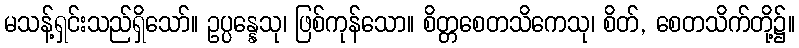
မသန့်ရှင်းသည်ရှိသော်။ ဥပ္ပန္နေသု၊ ဖြစ်ကုန်သော။ စိတ္တစေတသိကေသု၊ စိတ်, စေတသိက်တို့၌။